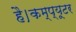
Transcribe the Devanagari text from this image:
है।कम्‍प्‍यूटर